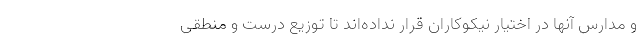
و مدارس آنها در اختیار نیکوکاران قرار نداده‌اند تا توزیع درست و منطقی